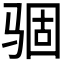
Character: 𩧽